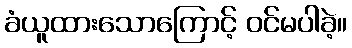
ခံယူထားသောကြောင့် ဝင်မပါခဲ့။